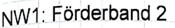
Text: NW1: Förderband 2